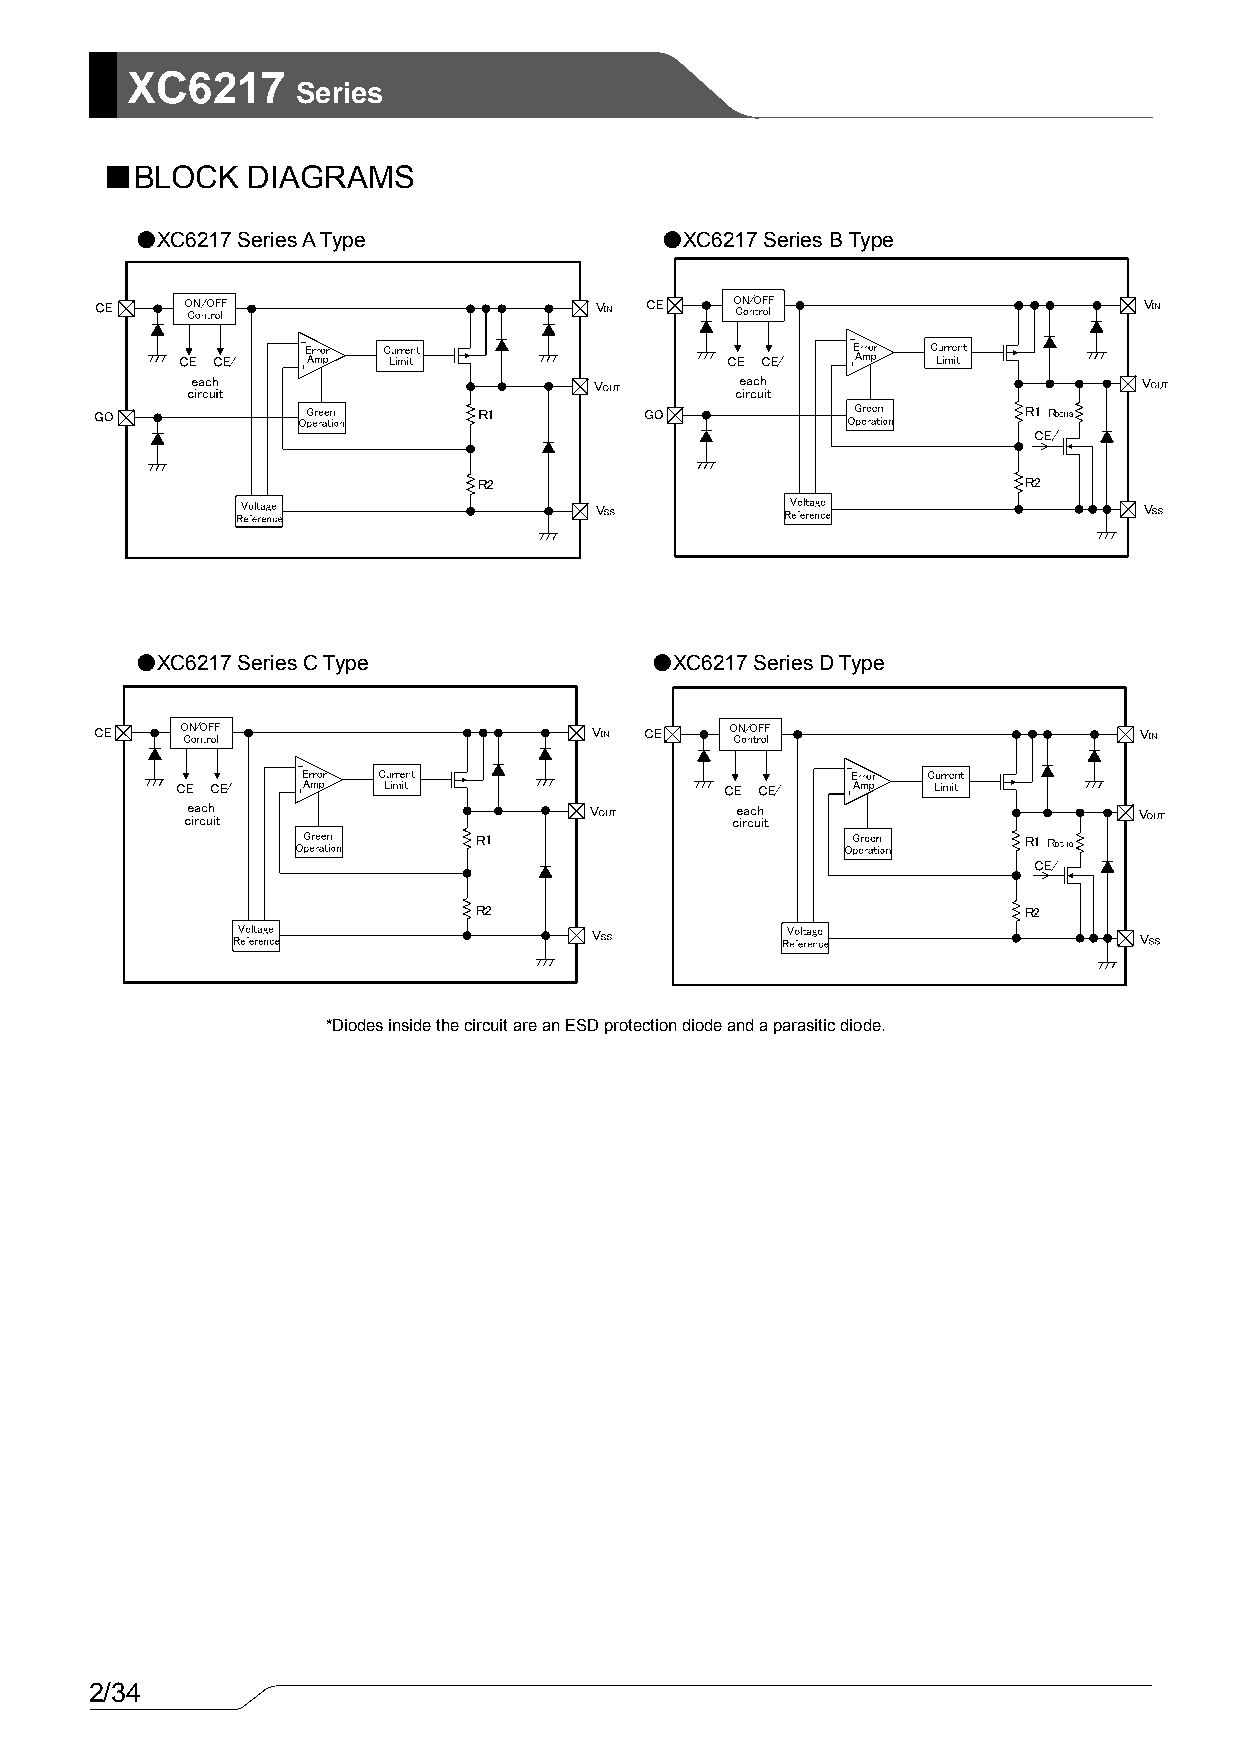
XC6217
 Series
 ■BLOCK   DIAGRAMS
 ●XC6217 Series A Type              ●XC6217 Series B Type
 ●XC6217 Series C Type             ●XC6217 Series D Type
 *Diodes inside the circuit are an ESD protection diode and a parasitic diode.
 2/34